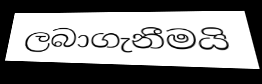
ලබාගැනීමයි